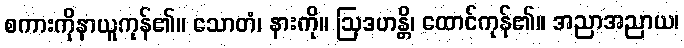
စကားကိုနာယူကုန်၏။ သောတံ၊ နားကို။ ဩဒဟန္တိ၊ ထောင်ကုန်၏။ အညာအညာယ၊